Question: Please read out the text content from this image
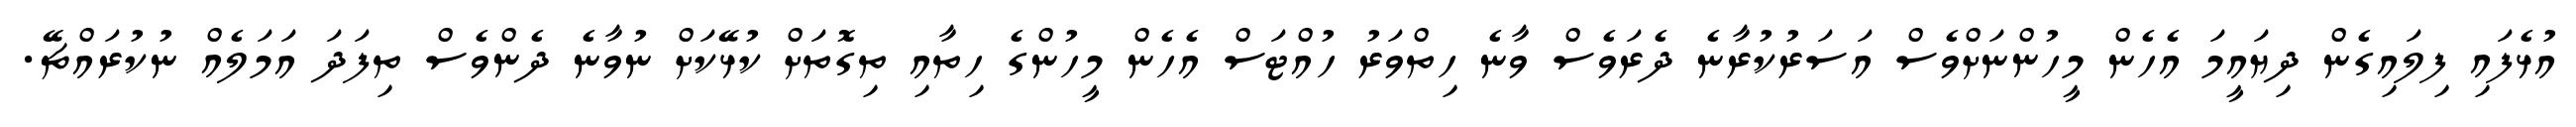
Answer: އުޅެފައި ފިލައިގެން ދިޔައީމަ އެހެން މީހުންނަށްވެސް އަސަރުކުރާނެ ދެރަވެސް ވާނެ ހިތްވަރު ހުއްޓަސް އެހެން މީހުންގެ ހިތާއި ތިގޮތަށް ކުޅޭކަށް ނުވާނެ ދެންވެސް ތިފަދަ އަމަލެއް ނުކުރައްޗޭ.